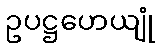
ဥပဋ္ဌဟေယျုံ